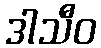
ဒါသီဝ